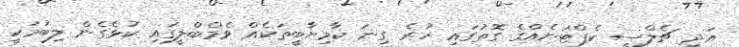
އަދި ޗެލްސީ ކެޕްޓަނެއްގެ ގޮތުގައި ހުރެ ގިނަ ކާމިޔާބީތަކެއް ވެމްބްލީގައި ކުޅެގެން ލިބުމަކީ